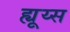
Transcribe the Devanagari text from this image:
ह्यूय्स